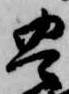
豊